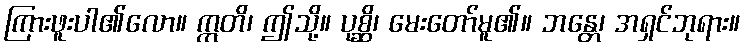
ကြားဖူးပါ၏လော။ ဣတိ၊ ဤသို့။ ပုစ္ဆိ၊ မေးတော်မူ၏။ ဘန္တေ၊ အရှင်ဘုရား။